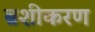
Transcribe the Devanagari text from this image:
ब्रशीकरण